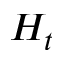
H _ { t }